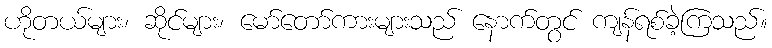
ဟိုတယ်များ၊ ဆိုင်များ၊ မော်တော်ကားများသည် နောက်တွင် ကျန်ရစ်ခဲ့ကြသည်။